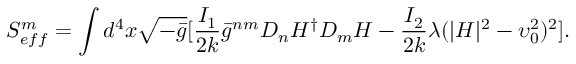
S _ { e f f } ^ { m } = \int d ^ { 4 } x \sqrt { - \bar { g } } [ \frac { I _ { 1 } } { 2 k } { \bar { g } } ^ { n m } D _ { n } H ^ { \dagger } D _ { m } H - \frac { I _ { 2 } } { 2 k } \lambda ( | H | ^ { 2 } - \upsilon _ { 0 } ^ { 2 } ) ^ { 2 } ] .